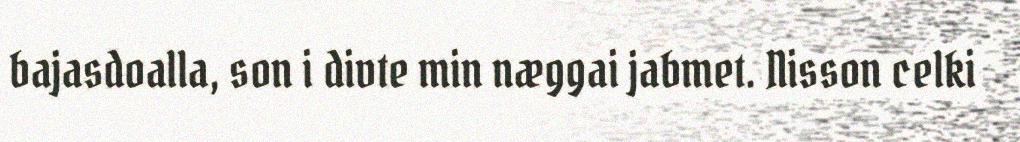
bajasdoalla, son i divte min næggai jabmet. Nisson celki